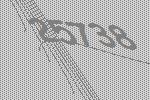
25738